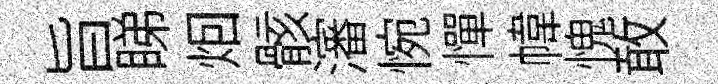
旨睇𤇆骸瀋惋憚幃愧敢